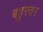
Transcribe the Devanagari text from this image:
बहुस्तर